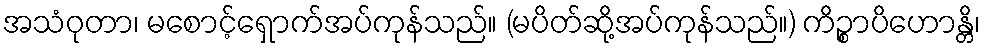
အသံဝုတာ၊ မစောင့်ရှောက်အပ်ကုန်သည်။ (မပိတ်ဆို့အပ်ကုန်သည်။) ကိဉ္စာပိဟောန္တိ၊